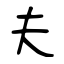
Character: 夫